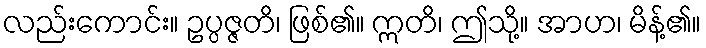
လည်းကောင်း။ ဥပ္ပဇ္ဇတိ၊ ဖြစ်၏။ ဣတိ၊ ဤသို့။ အာဟ၊ မိန့်၏။